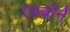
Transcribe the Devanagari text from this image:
एक्बोर्न